65_HS1-834228961_62-HQ-83894_Section_2
Agency: FBI
Page 126
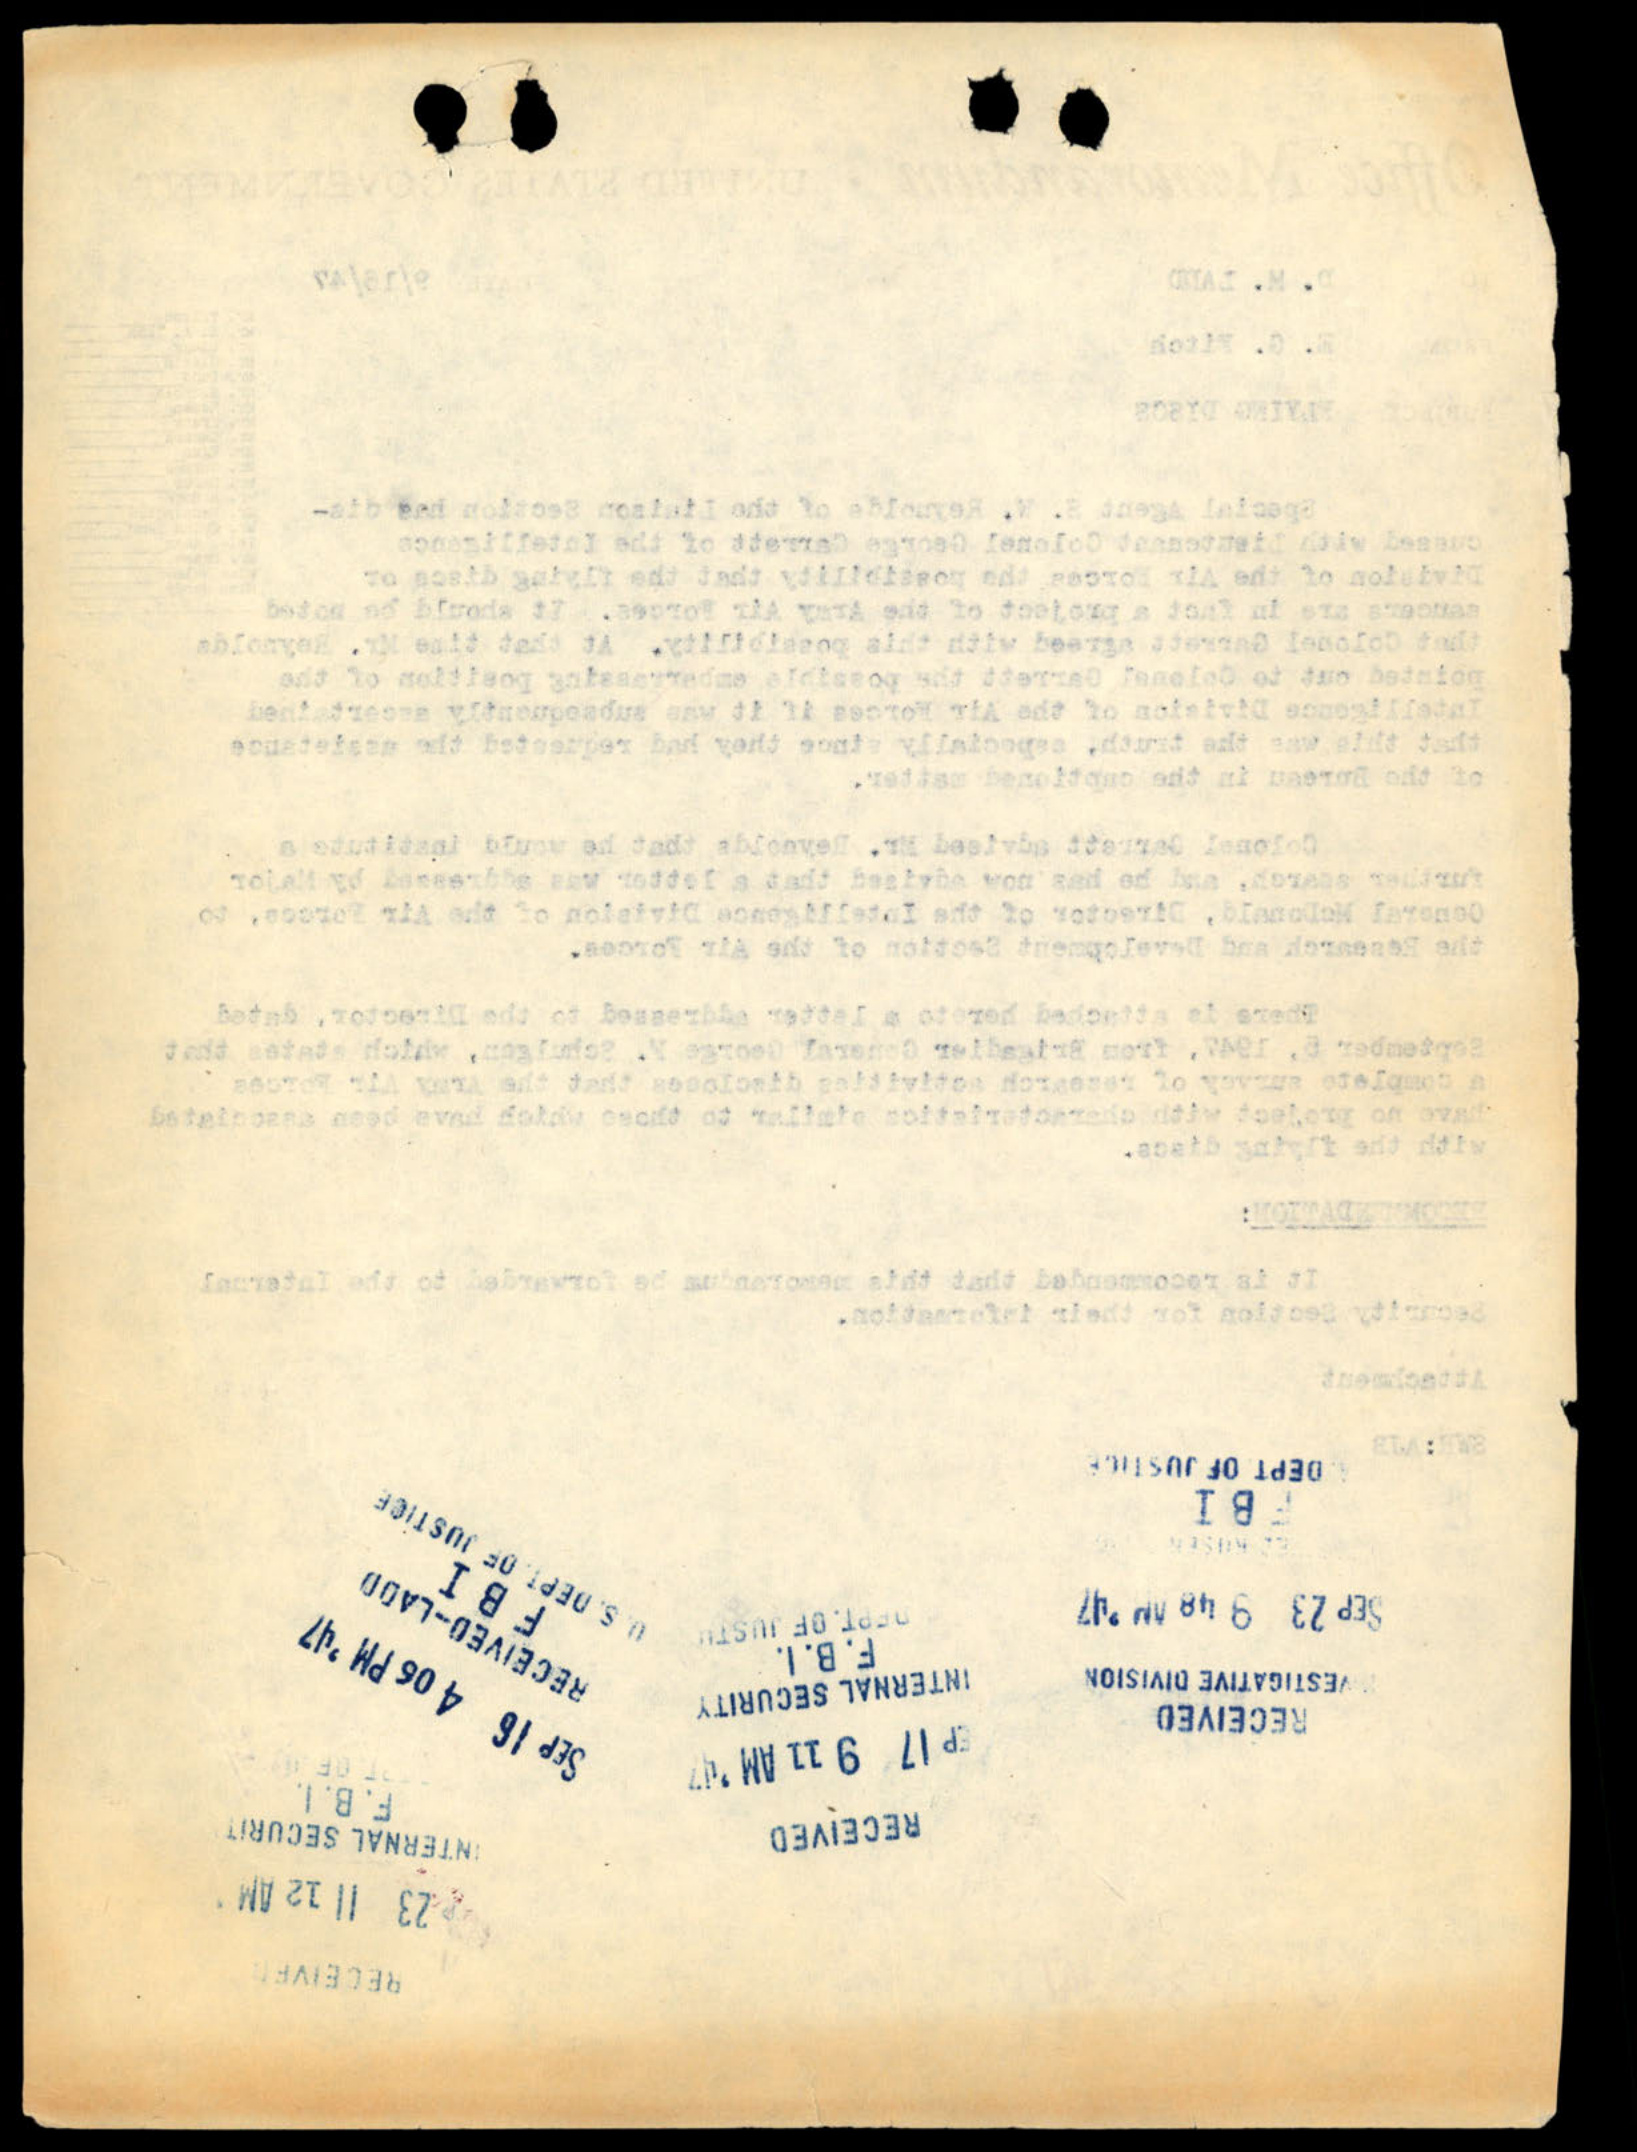